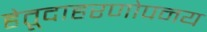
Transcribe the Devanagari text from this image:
हेतूदाहरणोपनय